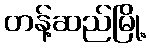
တန့်ဆည်မြို့